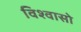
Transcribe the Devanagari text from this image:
विश्वासो